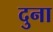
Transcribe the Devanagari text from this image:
दुना